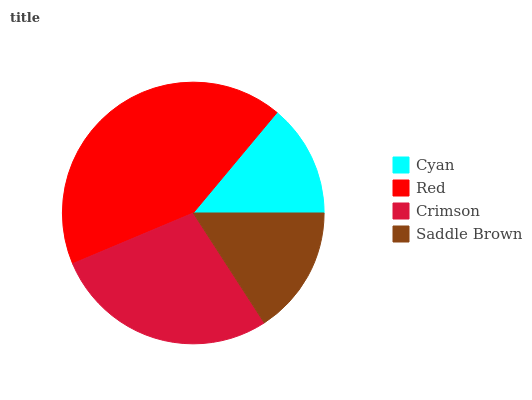
| Cyan | Red | Crimson | Saddle Brown |
 | --- | --- | --- | --- |
 | 13.9% | 42.3% | 27.9% | 15.9% |